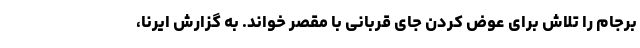
برجام را تلاش برای عوض کردن جای قربانی با مقصر خواند. به گزارش ایرنا،